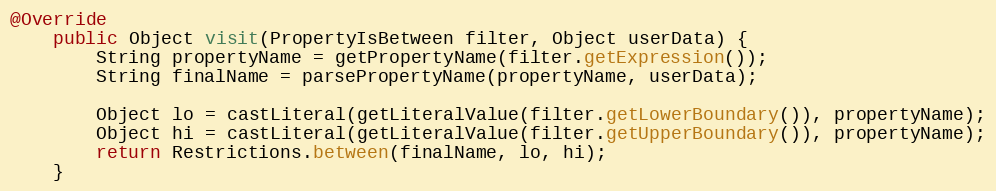
Language: Java
@Override
	public Object visit(PropertyIsBetween filter, Object userData) {
		String propertyName = getPropertyName(filter.getExpression());
		String finalName = parsePropertyName(propertyName, userData);

		Object lo = castLiteral(getLiteralValue(filter.getLowerBoundary()), propertyName);
		Object hi = castLiteral(getLiteralValue(filter.getUpperBoundary()), propertyName);
		return Restrictions.between(finalName, lo, hi);
	}